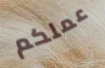
عملكم